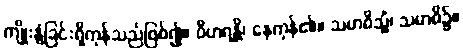
ကျိုးနွံခြင်းရှိကုန်သည်ဖြစ်၍။ ဝိဟရန္တိ၊ နေကုန်၏။ သမာဓိသ္မိံ၊ သမာဓိ၌။